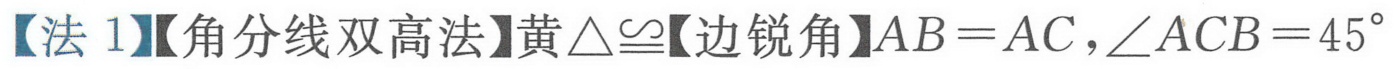
【法 1】【角分线双高法】黄$\triangle\cong$【边锐角】$AB = AC,\angle ACB = 45^{\circ}$